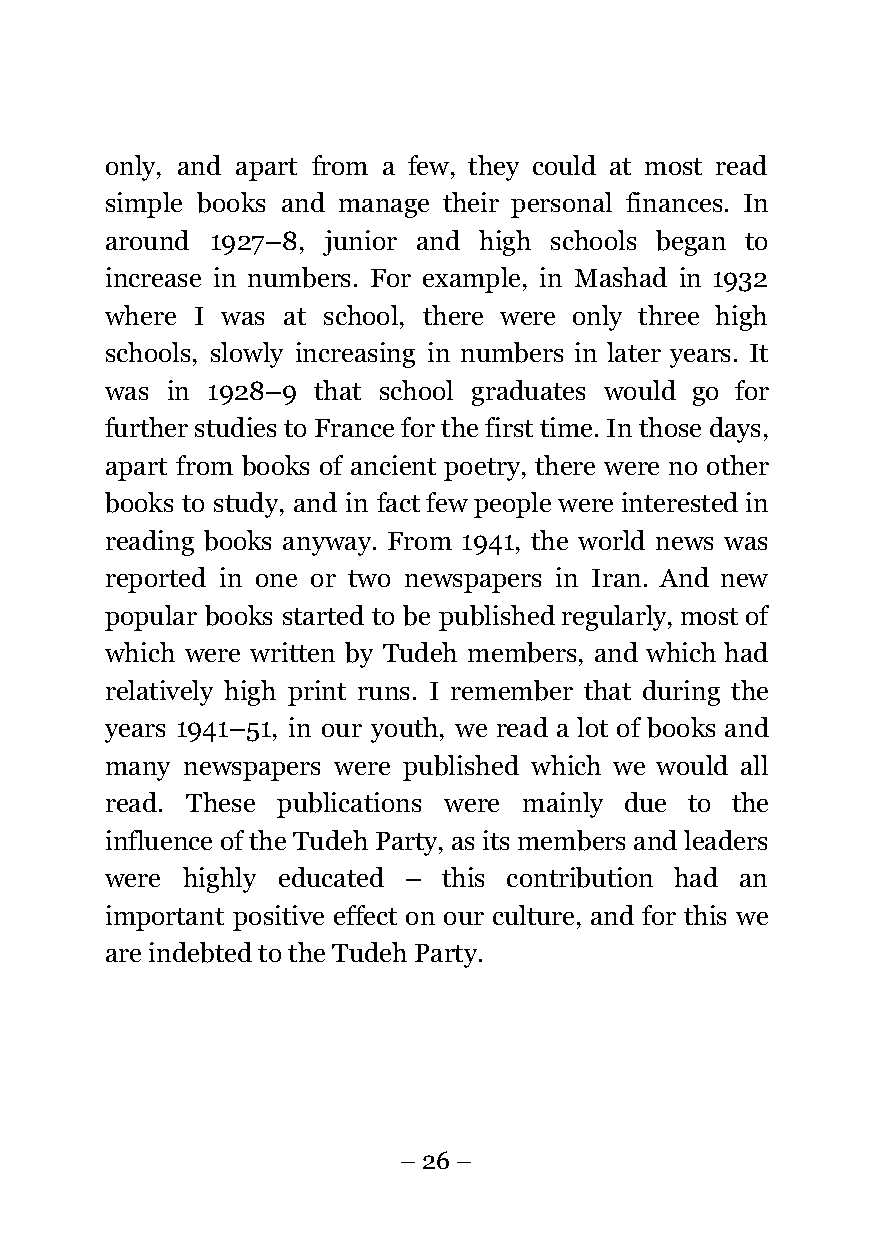
only, and apart from a few, they could at most read
 simple books and manage their personal finances. In
 around 1927–8, junior and high schools began to
 increase in numbers. For example, in Mashad in 1932
 where I was at school, there were only three high
 schools, slowly increasing in numbers in later years. It
 was in 1928–9 that school graduates would go for
 further studies to France for the first time. In those days,
 apart from books of ancient poetry, there were no other
 books to study, and in fact few people were interested in
 reading books anyway. From 1941, the world news was
 reported in one or two newspapers in Iran. And new
 popular books started to be published regularly, most of
 which were written by Tudeh members, and which had
 relatively high print runs. I remember that during the
 years 1941–51, in our youth, we read a lot of books and
 many newspapers were published which we would all
 read. These publications were mainly due to the
 influence of the Tudeh Party, as its members and leaders
 were highly educated – this contribution had an
 important positive effect on our culture, and for this we
 are indebted to the Tudeh Party.
 – 26 –